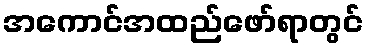
အကောင်အထည်ဖော်ရာတွင်